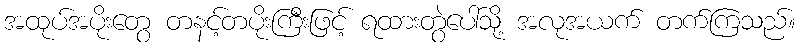
အထုပ်အပိုးတွေ တနင့်တပိုးကြီးဖြင့် ရထားတွဲပေါ်သို့ အလုအယက် တက်ကြသည်။